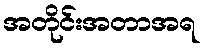
အတိုင်းအတာအရ